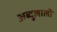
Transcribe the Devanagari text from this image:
अब्दुलाली